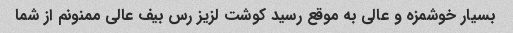
بسیار خوشمزه و عالی به موقع رسید کوشت لزیز رس بیف عالی ممنونم از شما